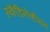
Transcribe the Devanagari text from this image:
स्कॆंडिनेव्हीयन